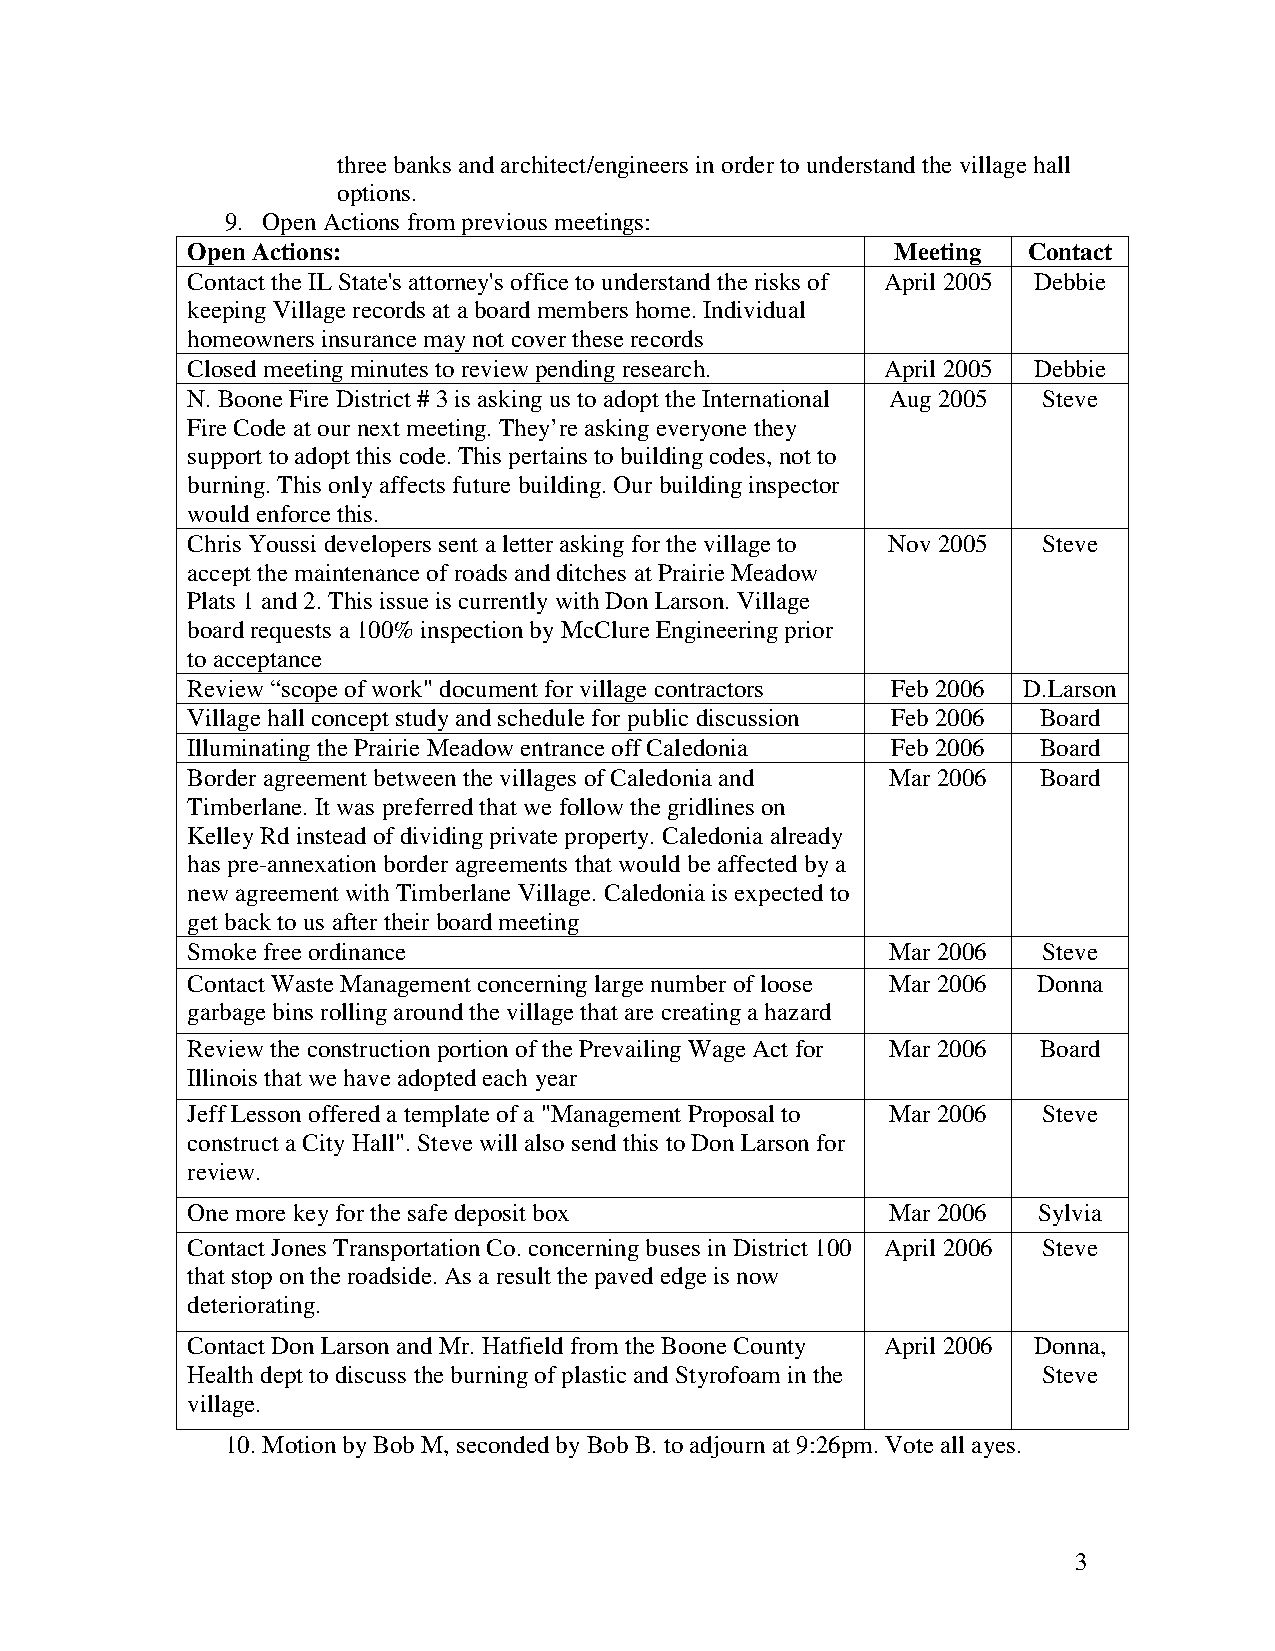
three banks and architect/engineers in order to understand the village hall
 options.
 9. Open Actions from previous meetings:
 Open Actions:                                  Meeting  Contact
 Contact the IL State's attorney's office to understand the risks of April 2005 Debbie
 keeping Village records at a board members home. Individual
 homeowners insurance may not cover these records
 Closed meeting minutes to review pending research. April 2005 Debbie
 N. Boone Fire District # 3 is asking us to adopt the International Aug 2005 Steve
 Fire Code at our next meeting. They’re asking everyone they
 support to adopt this code. This pertains to building codes, not to
 burning. This only affects future building. Our building inspector
 would enforce this.
 Chris Youssi developers sent a letter asking for the village to Nov 2005 Steve
 accept the maintenance of roads and ditches at Prairie Meadow
 Plats 1 and 2. This issue is currently with Don Larson. Village
 board requests a 100% inspection by McClure Engineering prior
 to acceptance
 Review “scope of work" document for village contractors Feb 2006 D.Larson
 Village hall concept study and schedule for public discussion Feb 2006 Board
 Illuminating the Prairie Meadow entrance off Caledonia Feb 2006 Board
 Border agreement between the villages of Caledonia and Mar 2006 Board
 Timberlane. It was preferred that we follow the gridlines on
 Kelley Rd instead of dividing private property. Caledonia already
 has pre-annexation border agreements that would be affected by a
 new agreement with Timberlane Village. Caledonia is expected to
 get back to us after their board meeting
 Smoke free ordinance                           Mar 2006  Steve
 Contact Waste Management concerning large number of loose Mar 2006 Donna
 garbage bins rolling around the village that are creating a hazard
 Review the construction portion of the Prevailing Wage Act for Mar 2006 Board
 Illinois that we have adopted each year
 Jeff Lesson offered a template of a "Management Proposal to Mar 2006 Steve
 construct a City Hall". Steve will also send this to Don Larson for
 review.
 One more key for the safe deposit box          Mar 2006  Sylvia
 Contact Jones Transportation Co. concerning buses in District 100 April 2006 Steve
 that stop on the roadside. As a result the paved edge is now
 deteriorating.
 Contact Don Larson and Mr. Hatfield from the Boone County April 2006 Donna,
 Health dept to discuss the burning of plastic and Styrofoam in the Steve
 village.
 10. Motion by Bob M, seconded by Bob B. to adjourn at 9:26pm. Vote all ayes.
 3